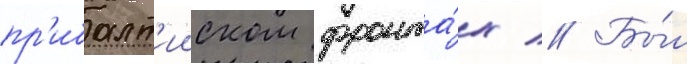
пр'ибалт'ииском фронта́х // Бы́л